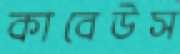
কাবেউস